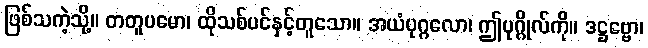
ဖြစ်သကဲ့သို့။ တတူပမော၊ ထိုသစ်ပင်နှင့်တူသော။ အယံပုဂ္ဂလော၊ ဤပုဂ္ဂိုလ်ကို။ ဒဋ္ဌဗ္ဗော၊